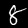
Digit: 8